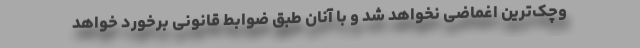
وچک‌ترین اغماضی نخواهد شد و با آنان طبق ضوابط قانونی برخورد خواهد